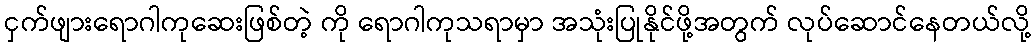
ငှက်ဖျားရောဂါကုဆေးဖြစ်တဲ့ ကို ရောဂါကုသရာမှာ အသုံးပြုနိုင်ဖို့အတွက် လုပ်ဆောင်နေတယ်လို့